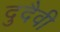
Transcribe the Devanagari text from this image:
दुदैवी